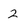
Character: 2